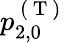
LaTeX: p_{2,0}^{\mathrm{~(~T~)~}}